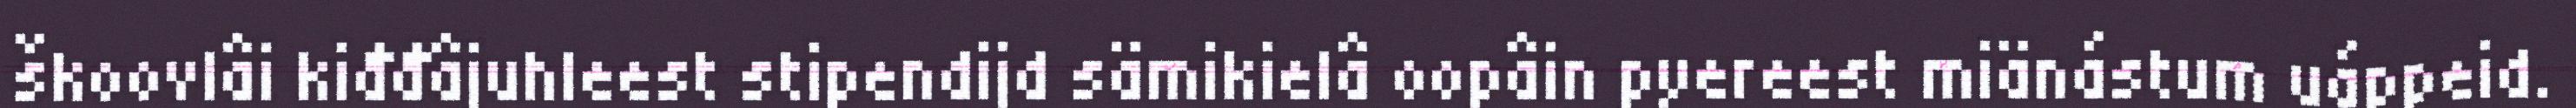
škoovlâi kiđđâjuhleest stipendijd sämikielâ oopâin pyereest miänástum uáppeid.